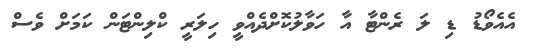
އެއެވޯޑު ޑި ލަ ރެންޓާ އާ ހަވާލުކޮށްދެއްވީ ހިލަރީ ކްލިންޓަން ކަމަށް ވެސް